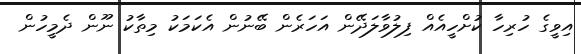
އިވީގެ ހުރިހާ ކުށްހީއެއް ފިލުވާލަދޭން އަހަރެން ބޭނުން އެކަމަކު މިތާކު ނޫން ދެމީހުން